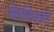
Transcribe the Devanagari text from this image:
मेसेनिआगा